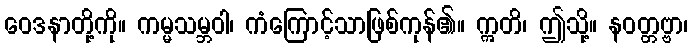
ဝေဒနာတို့ကို။ ကမ္မသမ္ဘဝါ၊ ကံကြောင့်သာဖြစ်ကုန်၏။ ဣတိ၊ ဤသို့။ နဝတ္တဗ္ဗာ၊